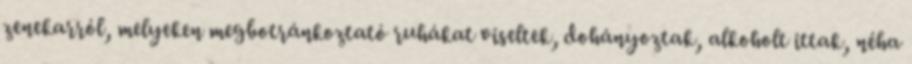
zenekarról, melyeken megbotránkoztató ruhákat viseltek, dohányoztak, alkoholt ittak, néha